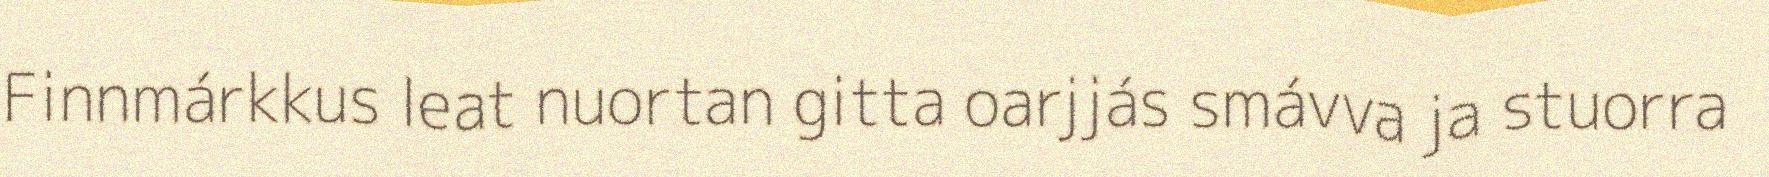
Finnmárkkus leat nuortan gitta oarjjás smávva ja stuorra